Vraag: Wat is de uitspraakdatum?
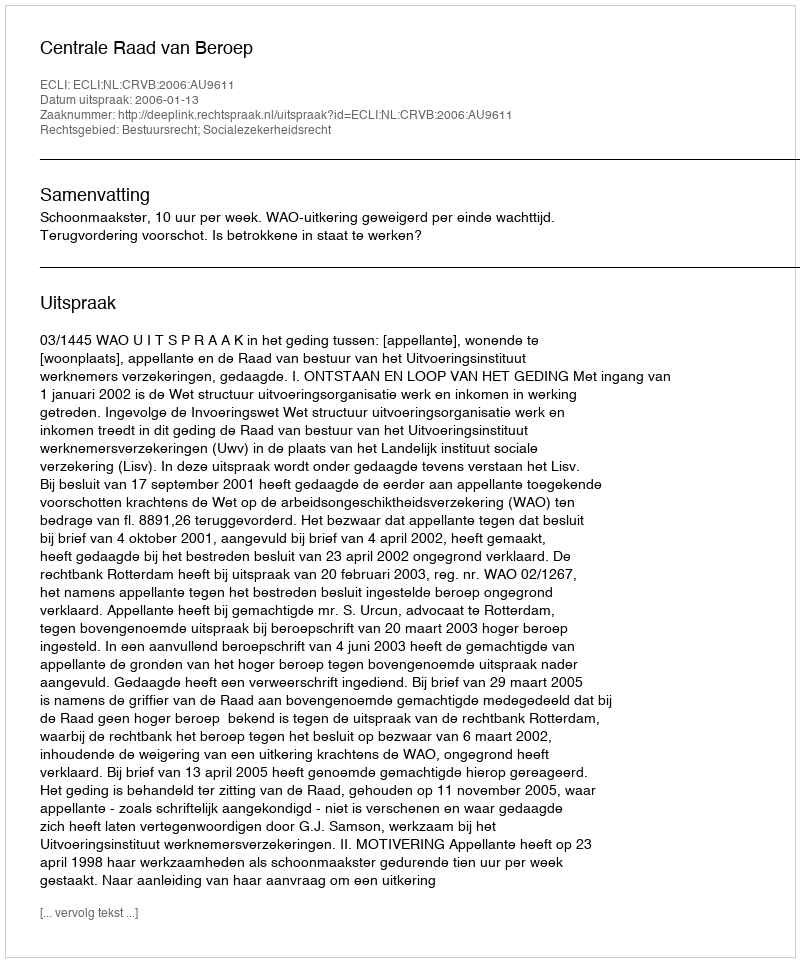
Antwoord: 2006-01-13